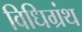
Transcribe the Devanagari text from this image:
विधिग्रंथ